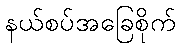
နယ်စပ်အခြေစိုက်